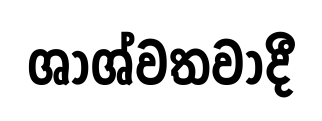
ශාශ්වතවාදී